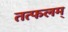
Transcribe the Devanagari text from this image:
तत्फलम्